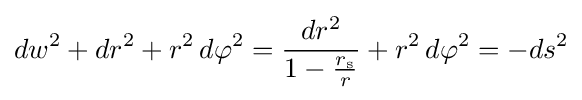
dw^{2}+dr^{2}+r^{2}\,d\varphi ^{2}={\frac {dr^{2}}{1-{\frac {r_{\text{s}}}{r}}}}+r^{2}\,d\varphi ^{2}=-ds^{2}